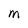
Character: M